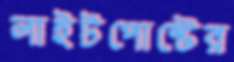
লাইটপোস্টের